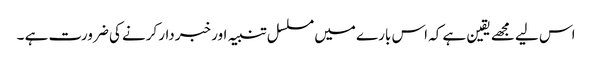
اس لیے مجھے یقین ہے کہ اس بارے میں مسلسل تنبیہ اور خبردار کرنے کی ضرورت ہے ۔